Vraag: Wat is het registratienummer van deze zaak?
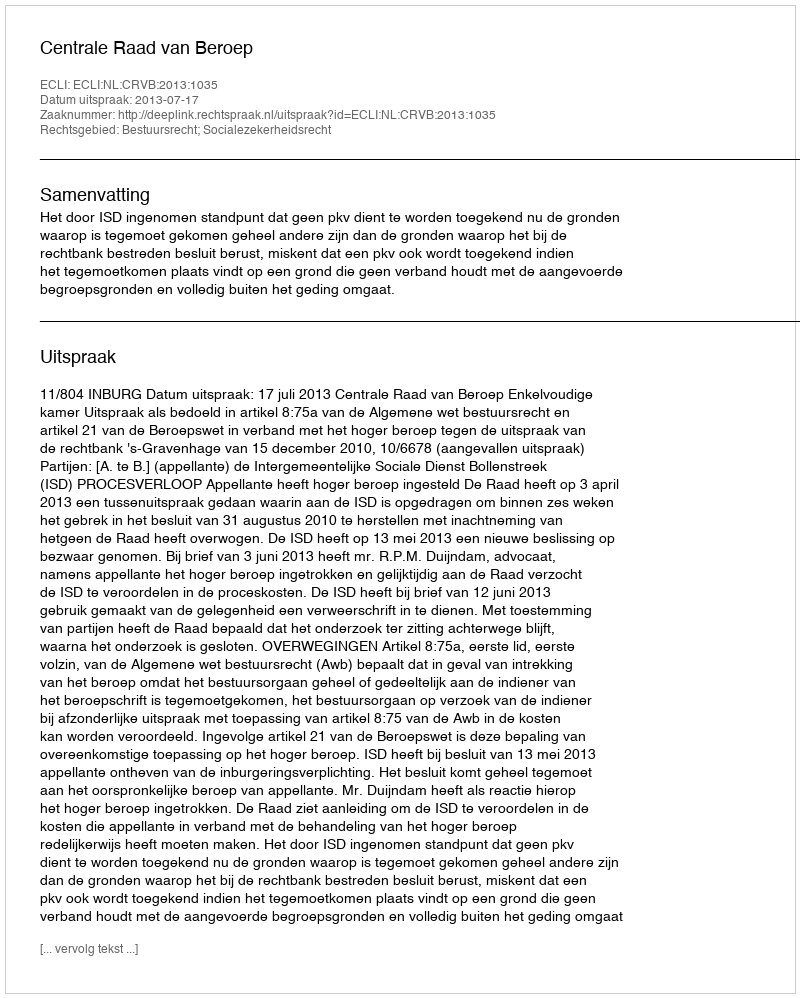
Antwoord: http://deeplink.rechtspraak.nl/uitspraak?id=ECLI:NL:CRVB:2013:1035